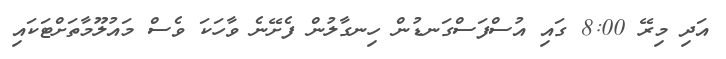
އަދި މިރޭ 8:00 ގައި އުސްފަސްގަނޑުން ހިނގާލުން ފެށޭނެ ވާހަކަ ވެސް މައުލޫމާތަށްޓަކައި